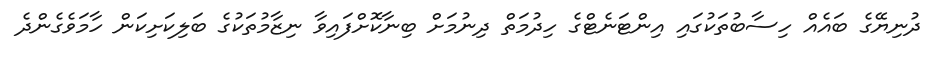
ދުނިޔޭގެ ބައެއް ހިސާބުތަކުގައި އިންޓަނެޓްގެ ހިދުމަތް ދިނުމަށް ބިނާކޮށްފައިވާ ނިޒާމުތަކުގެ ބަލިކަށިކަން ހާމަވެގެންދެ